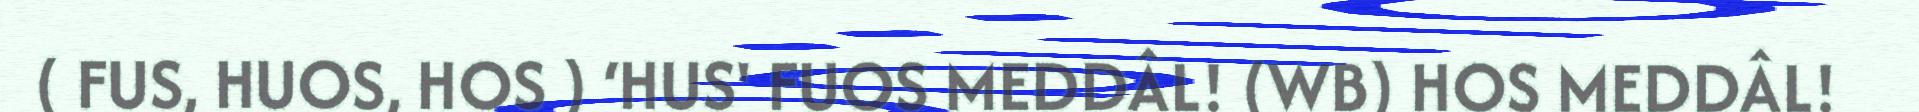
( FUS, HUOS, HOS ) ‘HUS' FUOS MEDDÂL! (WB) HOS MEDDÂL!